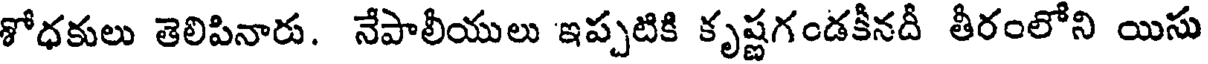
శోధకులు తెలిపినారు. నేపాలీయులు ఇప్పటికి కృష్ణగండకీనదీ తీరంలోని యిసు